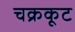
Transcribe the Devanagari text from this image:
चक्रकूट